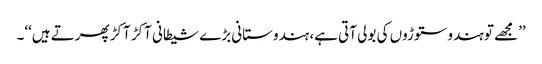
’’مجھے تو ہندو ستوڑوں کی بولی آتی ہے، ہندوستانی بڑے شیطانی آکڑ آکڑ پھرتے ہیں‘‘۔